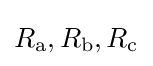
R_{\text{a}},R_{\text{b}},R_{\text{c}}